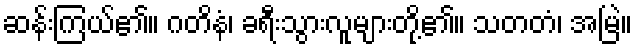
ဆန်းကြယ်၏။ ဂတိနံ၊ ခရီးသွားလူများတို့၏။ သတတံ၊ အမြဲ။